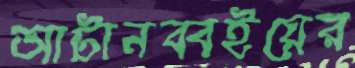
আটানব্বইয়ের